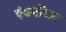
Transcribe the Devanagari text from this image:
ऐक्सेंचर